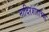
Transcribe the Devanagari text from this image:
नादिरशहाच्या